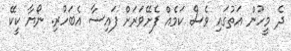
ދެ މީހުން އަތުގައި ވެސް ކަމެއް ފެށޭވަރަށް ފައިސާ އެބަހުރި. ނޯޔާ ކީކޭ